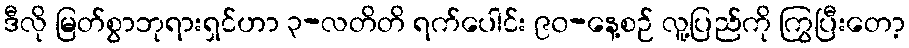
ဒီလို မြတ်စွာဘုရားရှင်ဟာ ၃-လတိတိ ရက်ပေါင်း ၉၀-နေ့စဉ် လူ့ပြည်ကို ကြွပြီးတော့